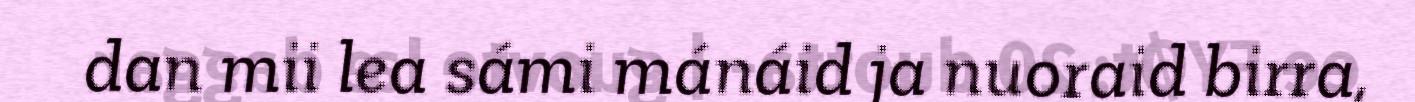
dan mii lea sámi mánáid ja nuoraid birra,